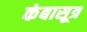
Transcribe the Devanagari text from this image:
कंबासूत्र